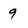
Character: 9